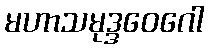
မဟာသမုဒ္ဒဝေဂေါ